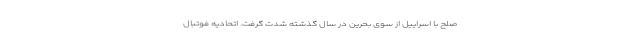
صلح با اسراییل از سوی بحرین در سال گذشته شدت گرفت. اتحادیه فوتبال